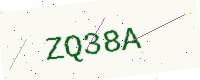
Text: ZQ38A